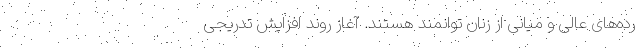
رده‌های عالی و میانی از زنان توانمند هستند. آغاز روند افزایش تدریجی